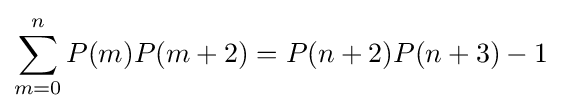
\sum _{m=0}^{n}P(m)P(m+2)=P(n+2)P(n+3)-1